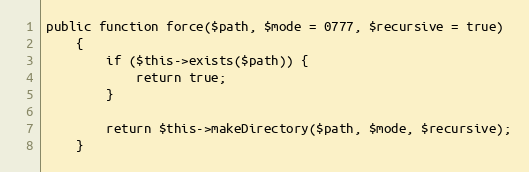
Language: PHP
public function force($path, $mode = 0777, $recursive = true)
    {
        if ($this->exists($path)) {
            return true;
        }

        return $this->makeDirectory($path, $mode, $recursive);
    }